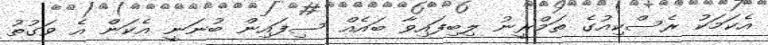
އެކަމަކު ރެސްކިއުގެ ތަމްރީނު ލިބިފައިވާ ބައެއް ސިފައިން ބުނަނީ އެކަން އެ ވަގުތު